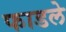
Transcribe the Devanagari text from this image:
फाडले